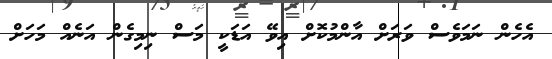
އެހެން ނަމަވެސް ވަރަށް އާންމުކޮށް އިވޭ އަޑަކީ މަސް ނިމިގެން އަނެއް މަހަށް